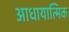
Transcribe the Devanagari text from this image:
आधायात्मिक